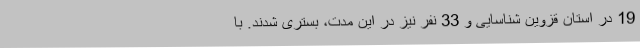
19 در استان قزوین شناسایی و 33 نفر نیز در این مدت، بستری شدند. با